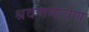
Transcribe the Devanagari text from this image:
श्रवणमात्रेण